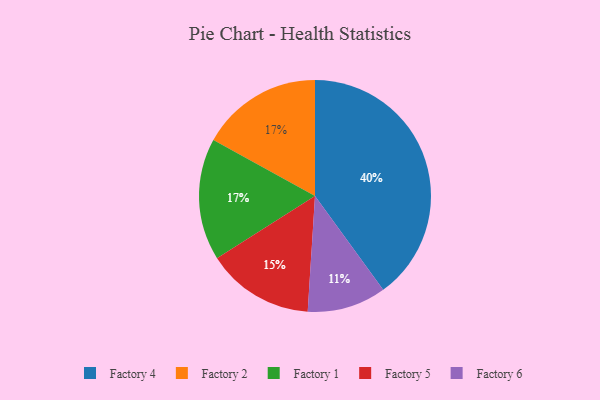
{"axis": {"x": "Category", "y": "Percentage"}, "legend": ["Factory 1", "Factory 2", "Factory 4", "Factory 5", "Factory 6"], "data": [{"x": "Factory 2", "y": 17, "type": "Factory 2"}, {"x": "Factory 1", "y": 17, "type": "Factory 1"}, {"x": "Factory 4", "y": 40, "type": "Factory 4"}, {"x": "Factory 6", "y": 11, "type": "Factory 6"}, {"x": "Factory 5", "y": 15, "type": "Factory 5"}]}